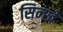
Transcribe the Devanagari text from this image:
सिन्खे